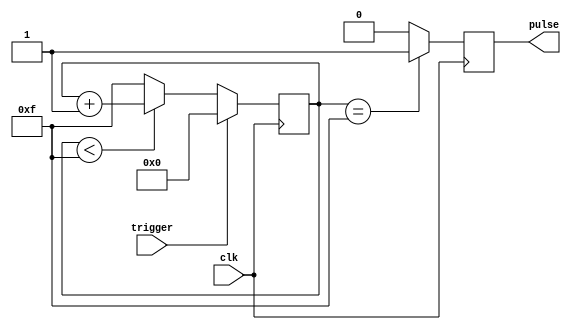
module one_shot_timer (
    input trigger,
    input clk,
    output reg pulse
);

reg [3:0] counter;

always @(posedge clk) begin
    if (trigger) begin
        counter <= 4'b0000;
    end else begin
        if (counter < 4'b1111) begin
            counter <= counter + 1;
        end else begin
            counter <= 4'b1111;
        end
    end
end

always @(posedge clk) begin
    if (counter == 4'b1111) begin
        pulse <= 1'b1;
    end else begin
        pulse <= 1'b0;
    end
end

endmodule